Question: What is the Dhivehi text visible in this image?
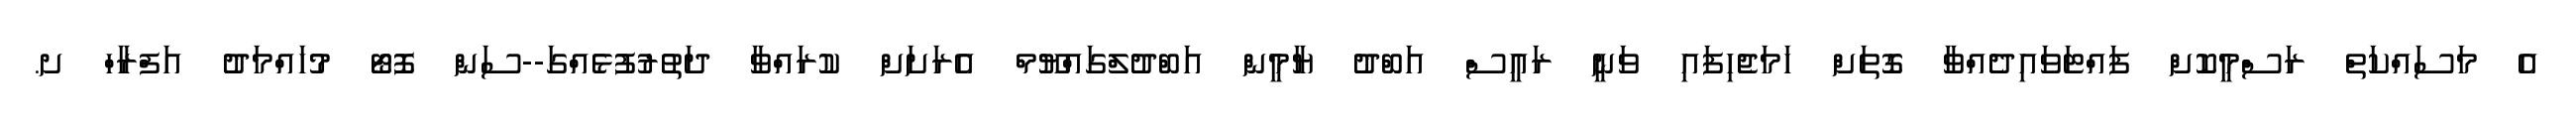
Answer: އެ މަސައްކަތް ރަސްމީކޮށް ފައްޓަވައިދެއްވާ ގޮތަށް ހަމަޖެހިފައި ވަނީ ރައީސް އަބްދު ޔާމީން އަބްދުލްގައްޔޫމް އެރަށަށް ކުރައްވާ ދަތުރުފުޅެއްގަ--ސަން ފޮޓޯ މުހައްމަދު އަފްރާހް ށ.